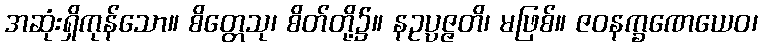
အဆုံးရှိကုန်သော။ စိတ္တေသု၊ စိတ်တို့၌။ နဥပ္ပဇ္ဇတိ၊ မဖြစ်။ ဇဝနက္ခဏေယေဝ၊